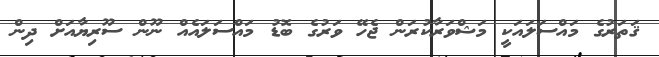
ޤަތަރުގެ މައްސަލައަކީ މަޝްވަރާކުރަން ޖެހޭ ވަރުގެ ބޮޑު މައްސަލައެއް ނޫން ސޫރިޔާއަށް ދިން